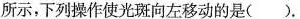
所示，下列操作使光斑向左移动的是()。